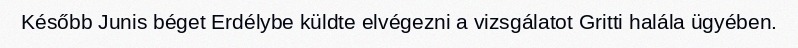
Később Junis béget Erdélybe küldte elvégezni a vizsgálatot Gritti halála ügyében.